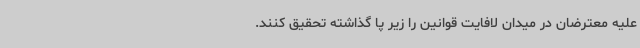
علیه معترضان در میدان لافایت قوانین را زیر پا گذاشته تحقیق کنند.